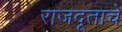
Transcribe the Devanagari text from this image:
राजदूताचे